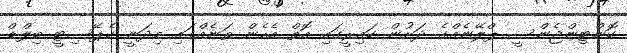
ކޮންޓިންޖެންސީ ޕްލޭނެއްގެ ދަށުން ކައިރީގައި އޮތް އެހެން ތަނެއްގައި މިދަނީ ކެޕޭސިޓީ ބިލްޑް